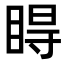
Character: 𥇹